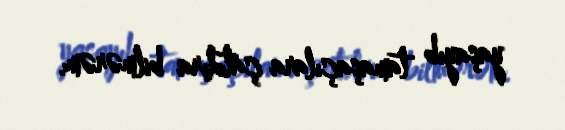
yaşayıb tamaşaçılara çatdıra bilmərəm.